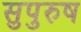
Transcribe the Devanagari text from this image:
सुपुरुष